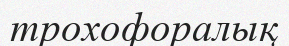
трохофоралық